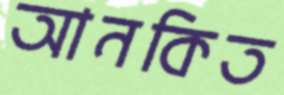
আনকিত